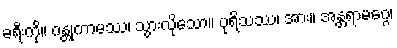
ခရီးကို။ ဂန္တုကာမဿ၊ သွားလိုသော။ ပုရိသဿ၊ အား။ အန္တရာမဂ္ဂေ၊